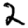
Digit: 2